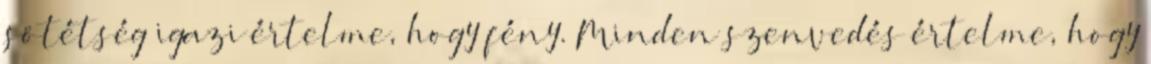
sötétség igazi értelme, hogy fény. Minden szenvedés értelme, hogy